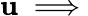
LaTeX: \mathbf{u}\implies